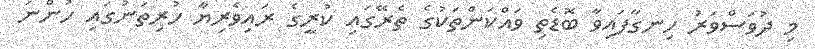
މި ދުވަސްވަރު ހިނގާފައިވާ ބޮޑެތި ވައްކަންތަކުގެ ތެރޭގައި ކުރީގެ ރައިވެރިޔާ ހުރިތަނުގައި ހުންނަ